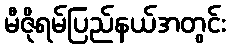
မီဇိုရမ်ပြည်နယ်အတွင်း